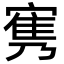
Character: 㝦